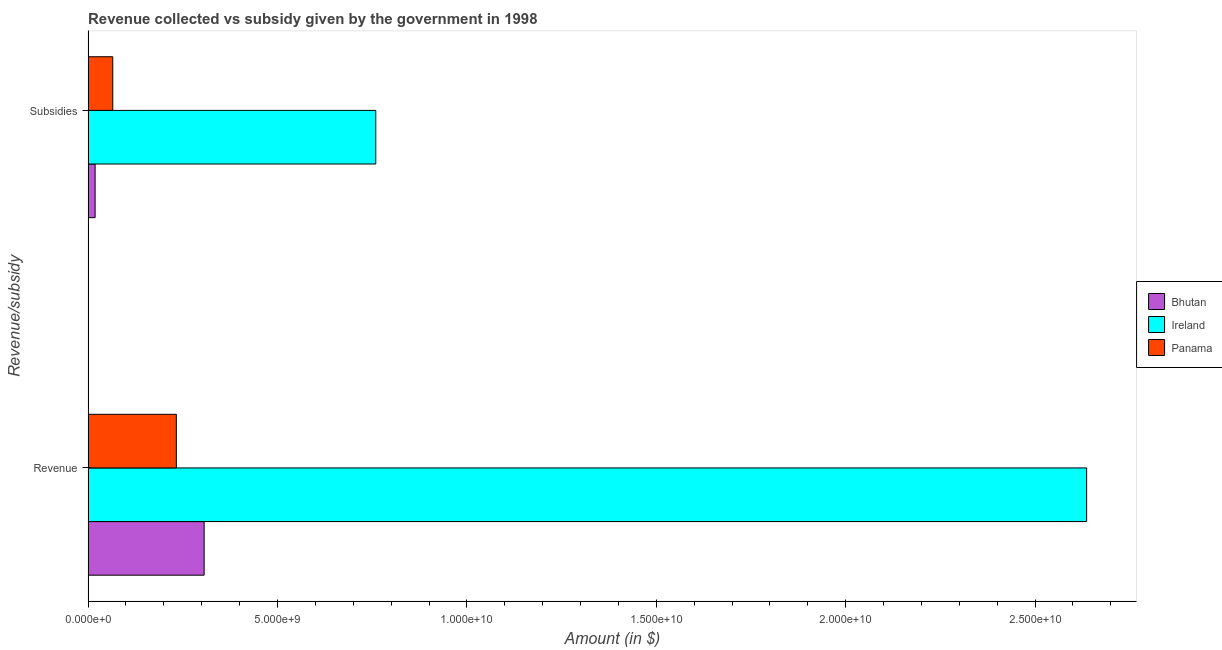
| Revenue/subsidy | Bhutan | Ireland | Panama |
 | --- | --- | --- | --- |
 | Revenue | 3.06e+09 | 2.64e+10 | 2.33e+09 |
 | Subsidies | 1.86e+08 | 7.59e+09 | 6.52e+08 |